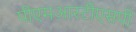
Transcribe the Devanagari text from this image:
पीएमआरटीएसपी